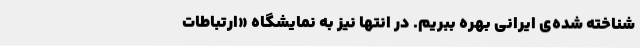
شناخته شده‌ی ایرانی بهره ببریم. در انتها نیز به نمایشگاه «ارتباطات